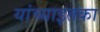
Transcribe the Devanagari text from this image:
यांच्याइतका